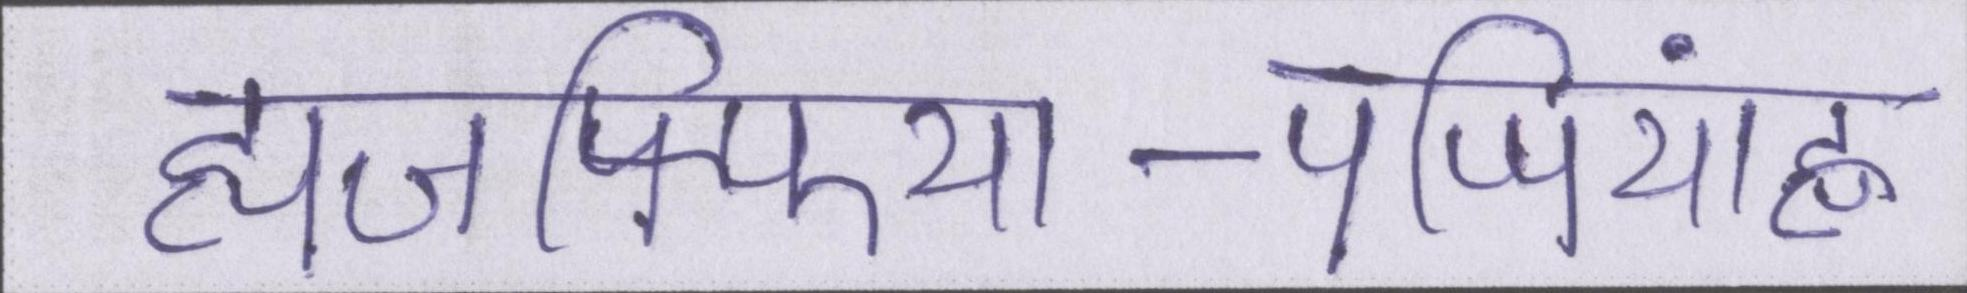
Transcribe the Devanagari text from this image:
ह्यजफ्फिया-पप्पियांह्ण